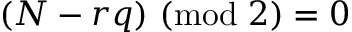
\begin{array} { r } { ( N - r q ) \ ( \mathrm { m o d } \ 2 ) = 0 } \end{array}